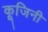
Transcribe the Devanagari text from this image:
कूजिनी